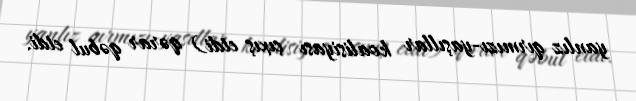
yanlız qırmızı-yaşıllar koalisiyası çıxış etdi) qərar qəbul etdi.